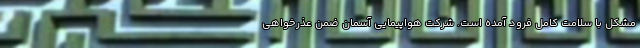
مشکل با سلامت کامل فرود آمده است. شرکت هواپیمایی آسمان ضمن عذرخواهی